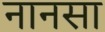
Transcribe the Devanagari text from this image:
नानसा